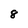
Character: 8